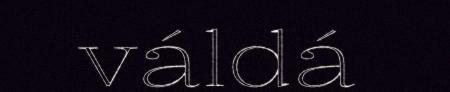
váldá